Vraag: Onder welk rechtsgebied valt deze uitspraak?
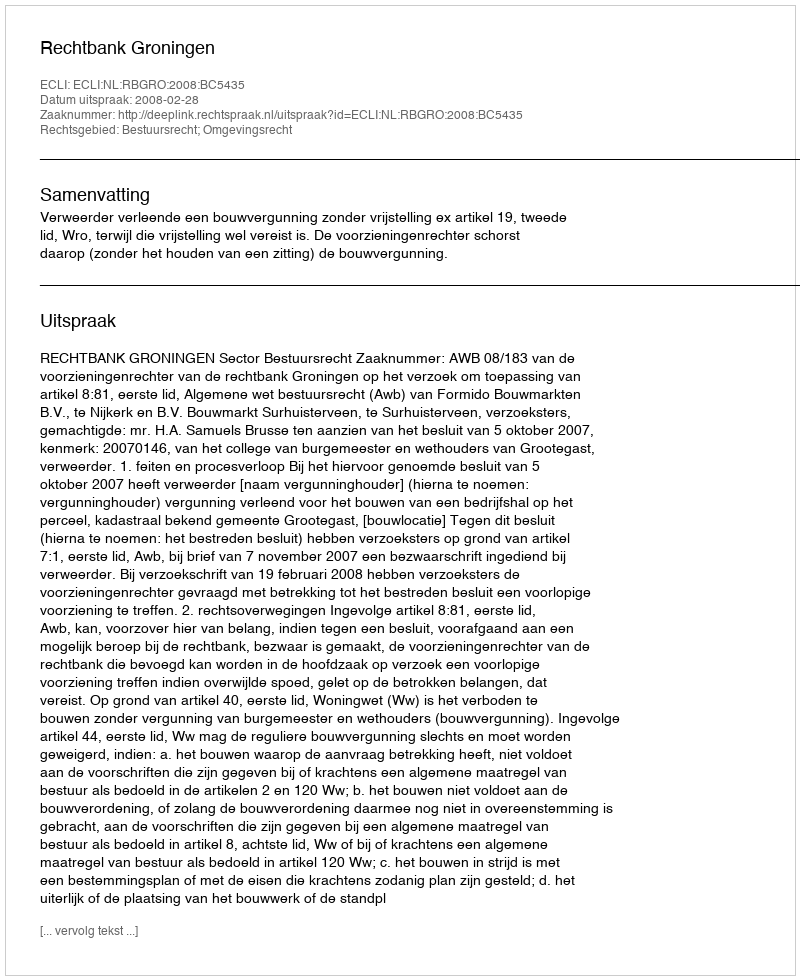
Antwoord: Bestuursrecht; Omgevingsrecht